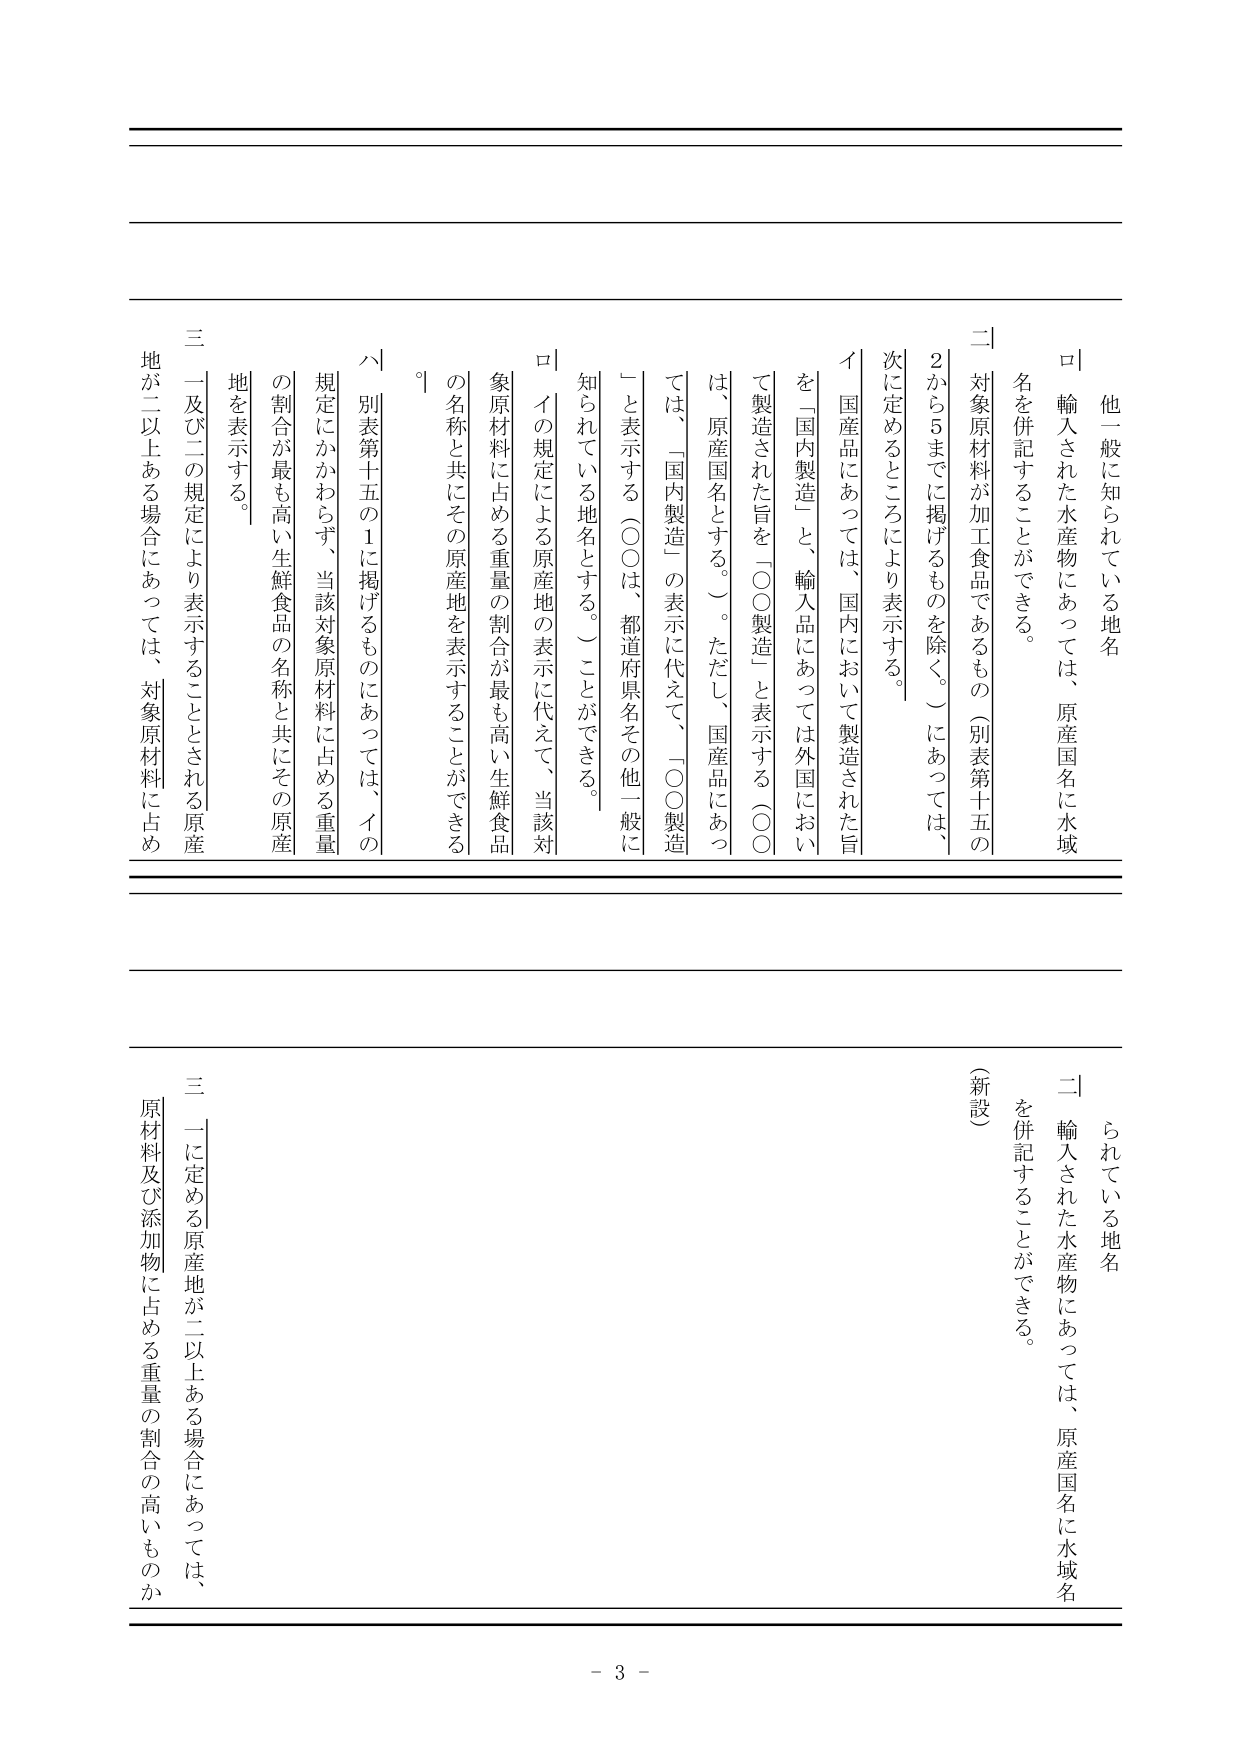
他一般に知られている地名

ロ 輸入された水産物にあっては、原産国名に水域名を併記することができる。

二 対象原材料が加工食品であるもの（別表第十五の2から5までに掲げるものを除く。）にあっては、次に定めるところにより表示する。

イ 国産品にあっては、国内において製造された旨を「国内製造」と、輸入品にあっては外国において製造された旨を「○○製造」と表示する（○○は、原産国名とする。）。ただし、国産品にあっては、「国内製造」の表示に代えて、「○○製造」と表示する（○○は、都道府県名その他一般に知られている地名とする。）ことができる。

ロ イの規定による原産地の表示に代えて、当該対象原材料に占める重量の割合が最も高い生鮮食品の名称と共にその原産地を表示することができる。

ハ 別表第十五の1に掲げるものにあっては、イの規定にかかわらず、当該対象原材料に占める重量の割合が最も高い生鮮食品の名称と共にその原産地を表示する。

三 一及び二の規定により表示することとされる原産地が二以上ある場合にあっては、対象原材料に占める重量の割合の高いものから順に表示する。

（新設）

二 輸入された水産物にあっては、原産国名に水域名を併記することができる。

三 一に定める原産地が二以上ある場合にあっては、原材料及び添加物に占める重量の割合の高いものから順に表示する。

- 3 -